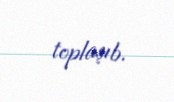
toplaşıb.